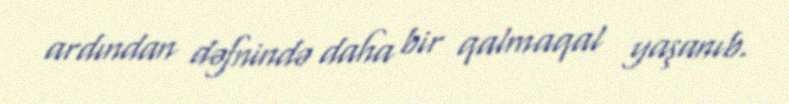
ardından dəfnində daha bir qalmaqal yaşanıb.